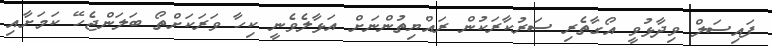
ފައިސަލް ވިދާޅުވީ އޯގާތެރި ސަރުކާރަކުން ރައްޔިތުންނަށް އަޅާލެވެނީ ކިހާ ވަރަކަށްތޯ ބަލަންޖެހޭ ކަމަށާއި